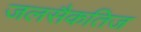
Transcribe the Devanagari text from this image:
जलसैकतिज